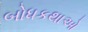
બોધકથાઓ